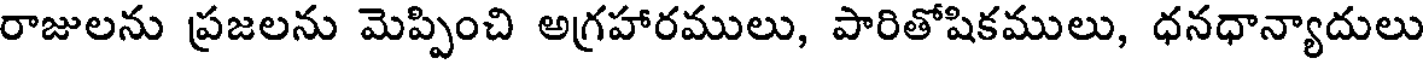
రాజులను ప్రజలను మెప్పించి అగ్రహారములు, పారితోషికములు, ధనధాన్యాదులు